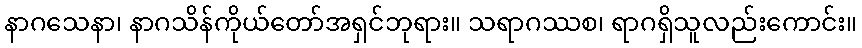
နာဂသေနာ၊ နာဂသိန်ကိုယ်တော်အရှင်ဘုရား။ သရာဂဿစ၊ ရာဂရှိသူလည်းကောင်း။